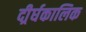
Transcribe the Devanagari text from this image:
दीर्र्घकालिक